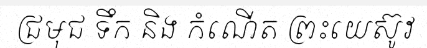
ជ្រមុជ ទឹក និង កំណើត ព្រះយេស៊ូវ